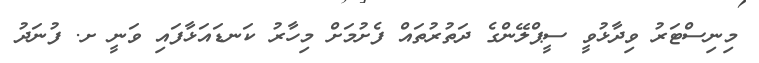
މިނިސްޓަރު ވިދާޅުވީ ސީޕްލޭންގެ ދަތުރުތައް ފެށުމަށް މިހާރު ކަނޑައަޅާފައި ވަނީ ށ. ފުނަދު